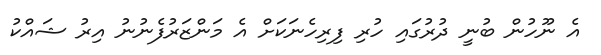
އެ ނޫހުން ބުނީ ދުރުގައި ހުރި ފިރިހެނަކަށް އެ މަންޒަރުފެނުނު އިރު ޝައްކު